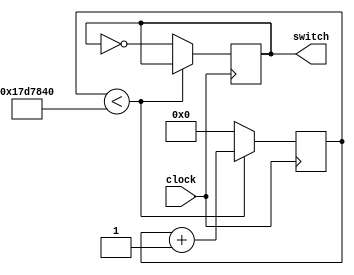
module Blinker
  (input clock,
   output switch);

   parameter limit = 25000000;

   reg [34:0] counter = 0;
   reg 	      state = 1'b0;

   always @(posedge clock)
     begin 
	if (counter < limit)
	  counter <= counter + 1;
	else
	  begin
	     state <= !state;
	     counter <= 0;
	  end
     end

   assign switch = state;
      
endmodule